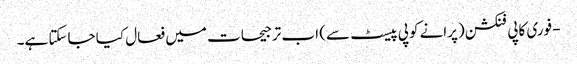
- فوری کاپی فنکشن (پرانے کوپی پیسٹ سے) اب ترجیحات میں فعال کیا جاسکتا ہے۔